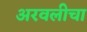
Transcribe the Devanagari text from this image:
अरवलीचा